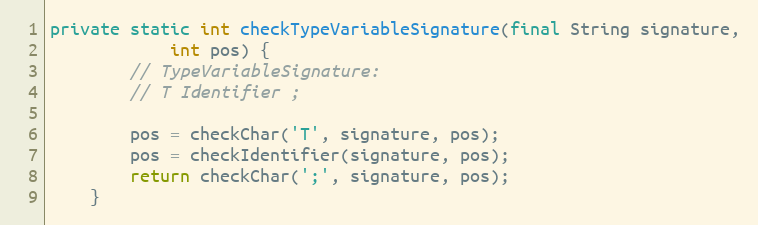
Language: Java
private static int checkTypeVariableSignature(final String signature,
            int pos) {
        // TypeVariableSignature:
        // T Identifier ;

        pos = checkChar('T', signature, pos);
        pos = checkIdentifier(signature, pos);
        return checkChar(';', signature, pos);
    }